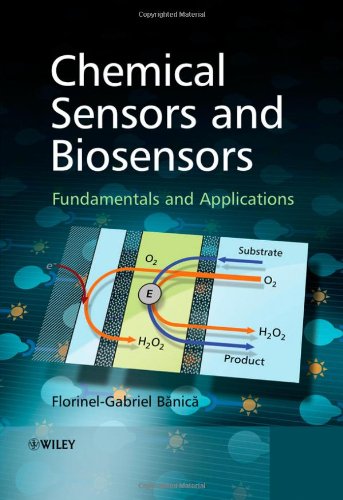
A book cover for Chemical Sensors and Biosensors: Fundamentals and Applications; Florinel-Gabriel Banica; Science & Math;